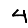
Digit: 4